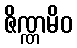
ဇိဏ္ဏမိဝ